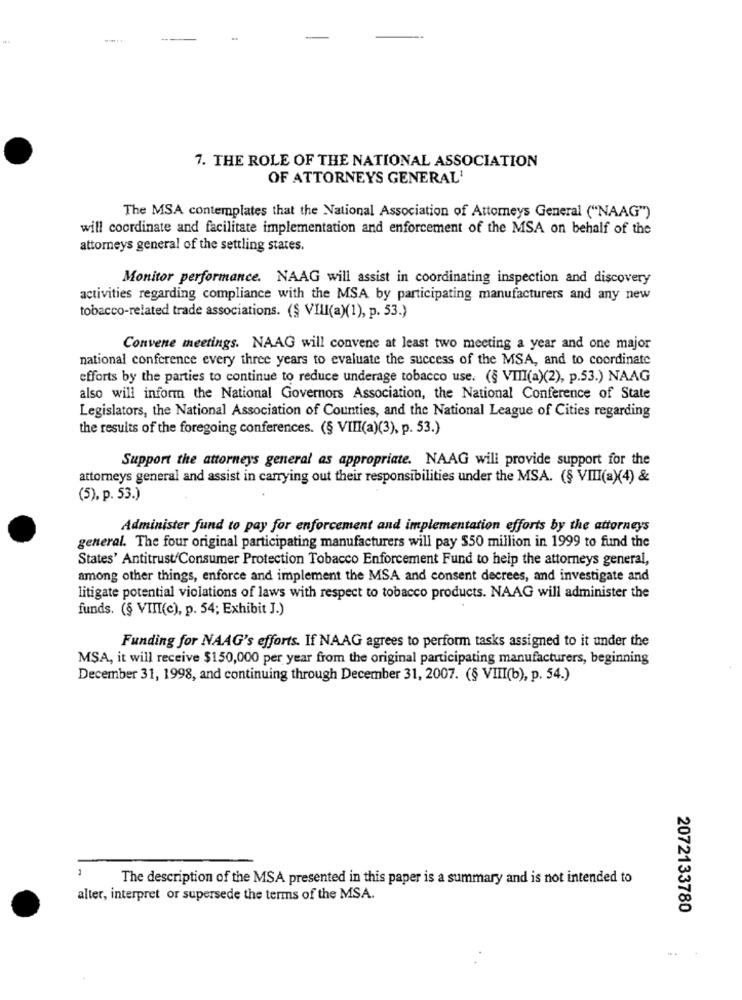
7. THE ROLE OF THE NATIONAL ASSOCIATION
OF ATTORNEYS GENERAL'
The MSA contemplates that the National Association of Attorneys General ("NAAG")
will coordinate and facilitate implementation and enforcement of the MSA on behalf of the
attorneys general of the settling states.
Monitor performance. NAAG will assist in coordinating inspection and discovery
activities regarding compliance with the MSA by participating manufacturers and any new
tobacco-related trade associations. (§ VIII(a)(1), p. 53.)
Convene meetings. NAAG will convene at least two meeting a year and one major
national conference every three years to evaluate the success of the MSA, and to coordinate
efforts by the parties to continue to reduce underage tobacco use. (§ VIII(a)(2), p.53.) NAAG
also will inform the National Governors Association, the National Conference of State
Legislators, the National Association of Counties, and the National League of Cities regarding
the results of the foregoing conferences. (§ VIII(a)(3), p. 53.)
Support the attorneys general as appropriate. NAAG will provide support for the
attorneys general and assist in carrying out their responsibilities under the MSA. (§ VIII(a)(4) &
(5), p. 53.)
Administer fund to pay for enforcement and implementation efforts by the attorneys
general. The four original participating manufacturers will pay $50 million in 1999 to fund the
States' Antitrust/Consumer Protection Tobacco Enforcement Fund to help the attorneys general,
among other things, enforce and implement the MSA and consent decrees, and investigate and
litigate potential violations of laws with respect to tobacco products. NAAG will administer the
funds. (§ VIII(c), p. 54; Exhibit J.)
Funding for NAAG's efforts. If NAAG agrees to perform tasks assigned to it under the
MSA, it will receive $150,000 per year from the original participating manufacturers, beginning
December 31, 1998, and continuing through December 31, 2007. (§ VIII(b), p. 54.)
The description of the MSA presented in this paper is a summary and is not intended to
alter, interpret or supersede the terms of the MSA.
2072133780
- -